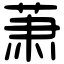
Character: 萧